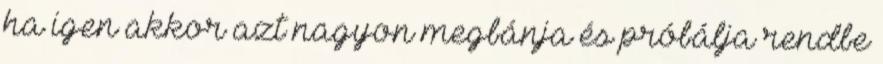
ha igen akkor azt nagyon megbánja és próbálja rendbe